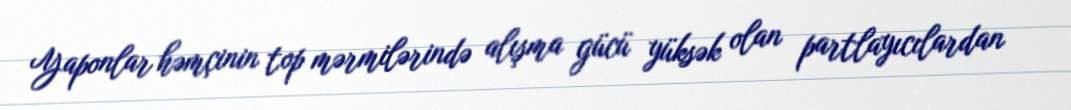
Yaponlar həmçinin top mərmilərində alışma gücü yüksək olan partlayıcılardan